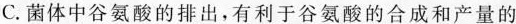
C. 菌体中谷氨酸的排出，有利于谷氨酸的合成和产量的